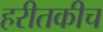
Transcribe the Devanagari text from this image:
हरीतकीच